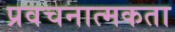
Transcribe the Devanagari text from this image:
प्रवचनात्मकता